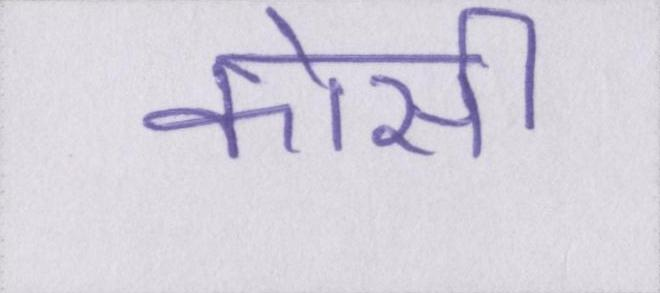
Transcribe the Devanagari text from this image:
कोसी